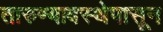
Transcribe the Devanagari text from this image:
तारुण्यावस्थेपासून